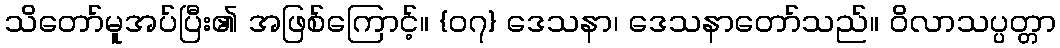
သိတော်မူအပ်ပြီး၏ အဖြစ်ကြောင့်။ {၀၇} ဒေသနာ၊ ဒေသနာတော်သည်။ ဝိလာသပ္ပတ္တာ